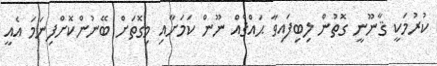
ކުރުމަކީ ޤާނޫނީ ގޮތުން ލިބިފައިވާ ޙައްޤެއް ނޫން ކަމަށާއި މިގޮތަށް ބޭނުންކޮށްފިނަމަ އެއީ